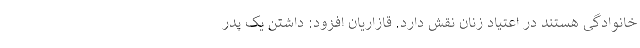
خانوادگی هستند در اعتیاد زنان نقش دارد. قازاریان افزود: داشتن یک پدر